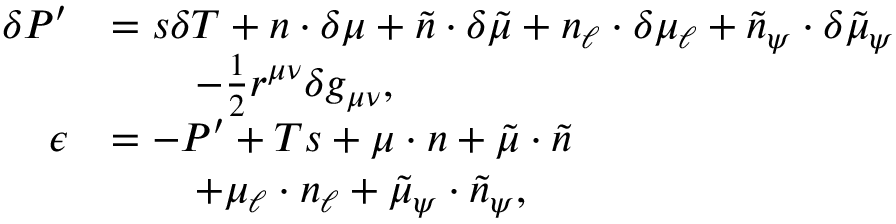
\begin{array} { r l } { \delta P ^ { \prime } } & { = s \delta T + n \cdot \delta \mu + \tilde { n } \cdot \delta \tilde { \mu } + n _ { \ell } \cdot \delta \mu _ { \ell } + \tilde { n } _ { \psi } \cdot \delta \tilde { \mu } _ { \psi } } \\ & { \qquad - \frac { 1 } { 2 } r ^ { \mu \nu } \delta g _ { \mu \nu } , } \\ { \epsilon } & { = - P ^ { \prime } + T s + \mu \cdot n + \tilde { \mu } \cdot \tilde { n } } \\ & { \qquad + \mu _ { \ell } \cdot n _ { \ell } + \tilde { \mu } _ { \psi } \cdot \tilde { n } _ { \psi } , } \end{array}